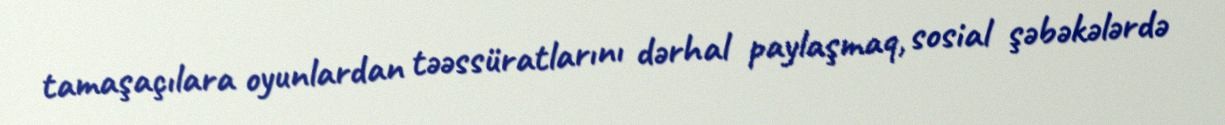
tamaşaçılara oyunlardan təəssüratlarını dərhal paylaşmaq, sosial şəbəkələrdə